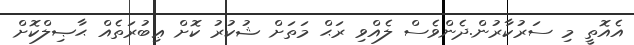
އެއޮތީ މި ސަރުކާރުން.ދެންވެސް ލެއްވި ރަޙް މަތަށް ޝުކުރު ކޮށް ޢިބުރަތެއް ޙާޞިލްކޮށް